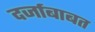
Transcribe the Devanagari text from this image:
दर्जाबाबत